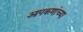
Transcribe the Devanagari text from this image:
आपकणांच्या